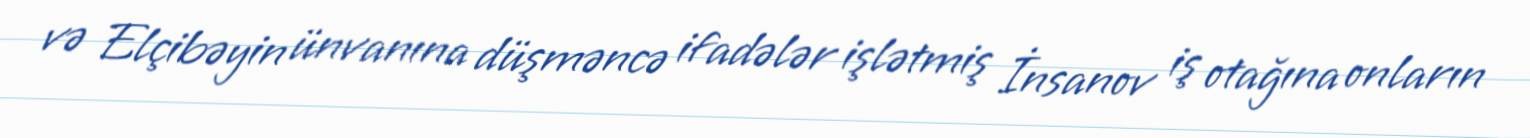
və Elçibəyin ünvanına düşməncə ifadələr işlətmiş İnsanov iş otağına onların